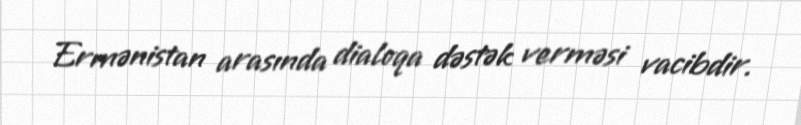
Ermənistan arasında dialoqa dəstək verməsi vacibdir.